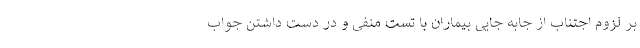
بر لزوم اجتناب از جابه جایی بیماران با تست منفی و در دست داشتن جواب